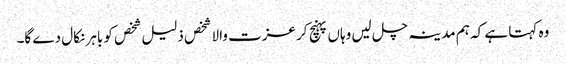
وہ کہتا ہے کہ ہم مدینہ چل لیں وہاں پہنچ کر عزت والا شخص ذلیل شخص کو باہر نکال دے گا۔